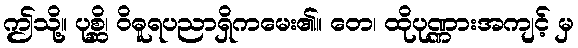
ဤသို့။ ပုစ္ဆိ၊ ဝိဓူရပညာရှိကမေး၏။ တေ၊ ထိုပုဏ္ဏားအကျင့် မှ